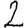
Digit: 2